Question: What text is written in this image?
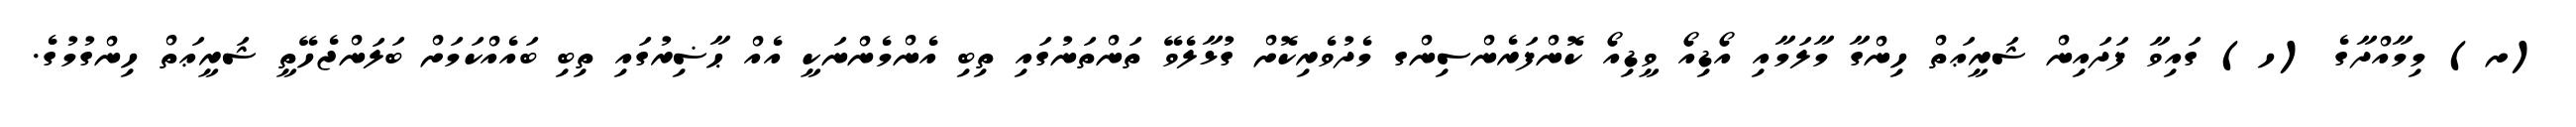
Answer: (ށ) މިމާއްދާގެ (ހ) ގައިވާ ފަދައިން ޝަރީޢަތް ހިންގާ މާލަމާއި އޯޑިއޯ ވީޑިއޯ ކޮންފަރެންސިންގ މެދުވެރިކޮށް ގުޅާލެވޭ ތަންތަނުގައި ތިބި އެންމެންނަކީ އެއް ޙާޟިރުގައި ތިބި ބައެއްކަމަށް ބަލަންޖެހޭތީ ޝަރީޢަތް ހިންގުމުގެ.